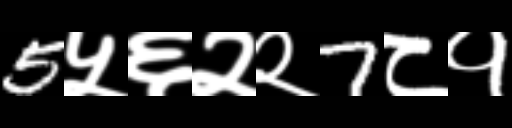
Text: 5५६२२7८१